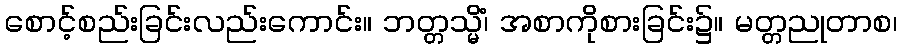
စောင့်စည်းခြင်းလည်းကောင်း။ ဘတ္တသ္မိံ၊ အစာကိုစားခြင်း၌။ မတ္တညုတာစ၊